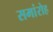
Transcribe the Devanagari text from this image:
समांरोह